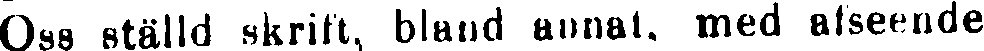
Oss ställd skrift, bland annat, med afseende